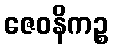
ဇေဝနိကဉ္စ